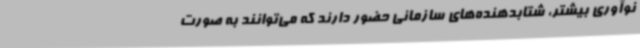
نوآوری بیشتر، شتابدهنده‌های سازمانی حضور دارند که می‌توانند به صورت